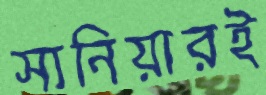
সানিয়ারই